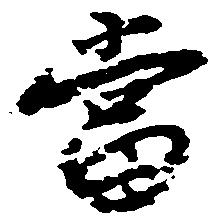
当